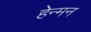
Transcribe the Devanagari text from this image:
हेन्मन